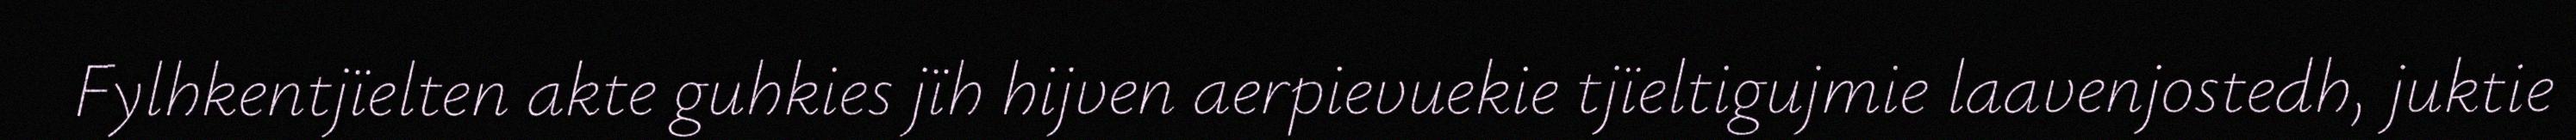
Fylhkentjïelten akte guhkies jïh hijven aerpievuekie tjïeltigujmie laavenjostedh, juktie